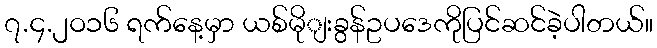
၇.၄.၂ဝ၁၆ ရက်နေ့မှာ ယစ်မိုျးခွန်ဥပဒေကိုပြင်ဆင်ခဲ့ပါတယ်။